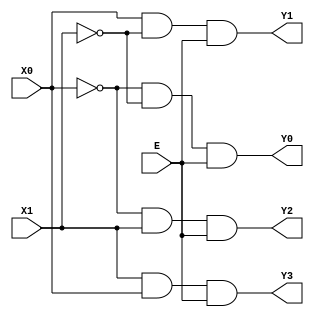
`timescale 1ns / 1ps
//////////////////////////////////////////////////////////////////////////////////
// Company: 
// Engineer: 
// 
// Design Name: 
// Module Name: DE3X8
// Project Name: 
// Target Devices: 
// Tool Versions: 
// Description: 
// 
// Dependencies: 
// 
// Revision:
// Revision 0.01 - File Created
// Additional Comments:
// 
//////////////////////////////////////////////////////////////////////////////////


module DE2X4(Y3,Y2,Y1,Y0,X1,X0,E);
output Y3,Y2,Y1,Y0;
input X1,X0,E;
wire W1,W2;
not G1(W1,X0);
not G2(W2,X1);
and G3(Y0,W1,W2,E);
and G4(Y1,X0,W2,E);
and G5(Y2,W1,X1,E);
and G6(Y3,X1,X0,E);



endmodule


module DE3X8( X,Y);
input [2:0] X;
output [7:0] Y;
  wire w;
  not G7(w,X[2]);
  DE2X4 D1(Y[3],Y[2],Y[1],Y[0],X[1],X[0],w);
 DE2X4 D2(Y[7],Y[6],Y[5],Y[4],X[1],X[0],X[2]);
 
endmodule